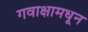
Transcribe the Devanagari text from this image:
गवाक्षामधून